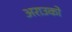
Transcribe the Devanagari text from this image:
अराउको